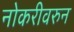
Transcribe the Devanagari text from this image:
नोकरीवरुन